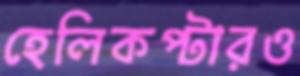
হেলিকপ্টারও